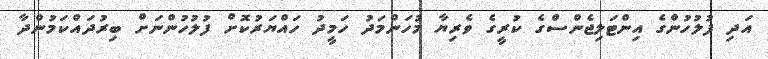
އަދި ފުލުހުންގެ އިންޓަލިޖެންސްގެ ކުރީގެ ވެރިޔާ މުހަންމަދު ހަމީދު ހައްޔަރުކޮށް ފުލުހުންނަށް ބިރުދައްކަމުންދާ